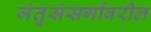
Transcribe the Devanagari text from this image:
जंतुसंसर्गावरील